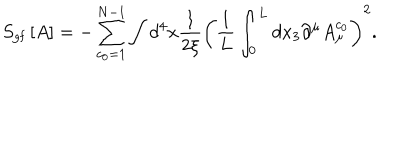
S _ { \mathrm { g f } } \left[ A \right] = - \sum _ { c _ { 0 } = 1 } ^ { N - 1 } \int d ^ { 4 } x \frac { 1 } { 2 \xi } \left( \frac { 1 } { L } \int _ { 0 } ^ { L } d x _ { 3 } \partial ^ { \mu } A _ { \mu } ^ { c _ { 0 } } \right) ^ { 2 } .